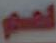
لهم